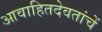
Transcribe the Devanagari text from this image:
आवाहितदेवतांचें